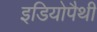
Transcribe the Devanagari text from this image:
इडियोपैथी